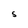
Character: S